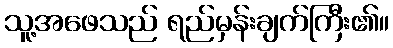
သူ့အဖေသည် ရည်မှန်းချက်ကြီး၏။